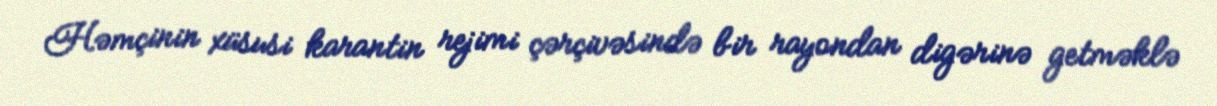
Həmçinin xüsusi karantin rejimi çərçivəsində bir rayondan digərinə getməklə